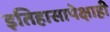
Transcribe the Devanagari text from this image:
इतिहासापेक्षाही